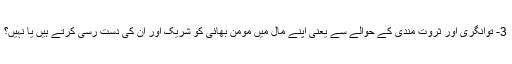
3- توانگری اور ثروت مندی کے حوالے سے یعنی اپنے مال میں مومن بھائی کو شریک اور ان کی دست رسی کرتے ہیں یا نہیں؟